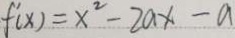
f ^ { \prime } ( x ) = x ^ { 2 } - 2 a x - a